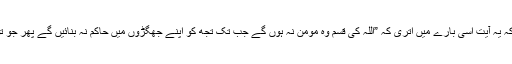
سیدنا زبیرؓ نے کہا کہ اللہ کی قسم میں سمجھتا ہوں کہ یہ آیت اسی بارے میں اتری کہ ”اللہ کی قسم وہ مومن نہ ہوں گے جب تک تجھ کو اپنے جھگڑوں میں حاکم نہ بنائیں گے پھر جو تو فیصلہ کر دے اس سے رنج نہ کریں اور مان لیں“۔